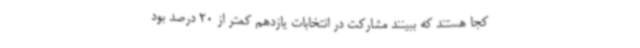
کجا هستند که ببینند مشارکت در انتخابات یازدهم کمتر از 20 درصد بود